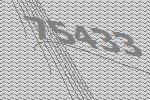
75433